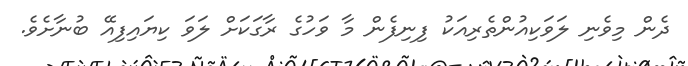
ދެން މިވެނި ލަވަކިއުންތެރިއަކު ފިނިފެން މާ ވަހުގެ ރާގަކަށް ލަވަ ކިޔައިފިއޭ ބުނާށެވެ.